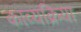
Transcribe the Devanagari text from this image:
काव्यक्रिया